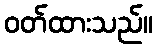
ဝတ်ထားသည်။